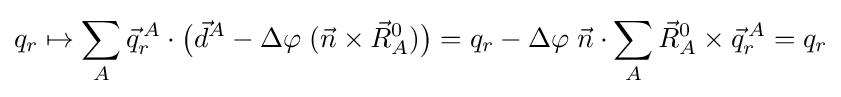
q_{r}\mapsto \sum _{A}{\vec {q}}_{r}^{\,A}\cdot {\big (}{\vec {d}}^{A}-\Delta \varphi \;({\vec {n}}\times {\vec {R}}_{A}^{0}){\big )}=q_{r}-\Delta \varphi \;{\vec {n}}\cdot \sum _{A}{\vec {R}}_{A}^{0}\times {\vec {q}}_{r}^{\,A}=q_{r}